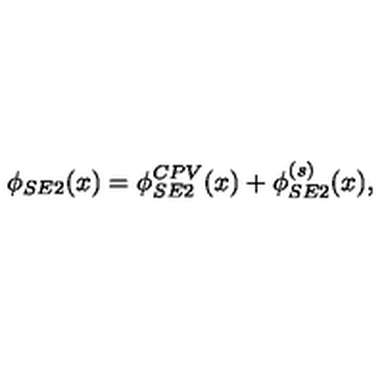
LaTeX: \phi _ { S E 2 } ( x ) = \phi _ { S E 2 } ^ { C P V } ( x ) + \phi _ { S E 2 } ^ { ( s ) } ( x ) ,